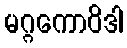
မဂ္ဂကောဝိဒါ